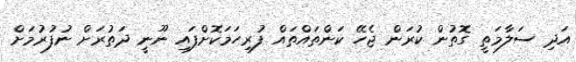
އަދި ސަލާމަތީ ގޮތުން ކުރަން ޖެހޭ ކަންތައްތައް ފުރިހަމަކޮށްފައި ނޫނީ ދަތުރަށް ނުފުރުމަށް